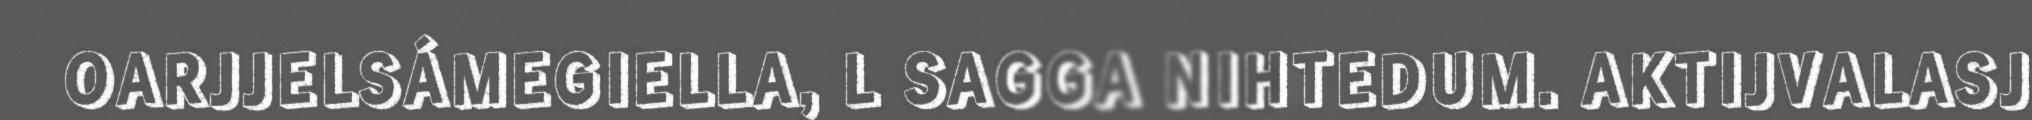
OARJJELSÁMEGIELLA, L SAGGA NIHTEDUM. AKTIJVALASJ